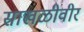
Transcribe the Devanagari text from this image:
साखळीवीर